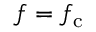
f = f _ { \mathrm { c } }